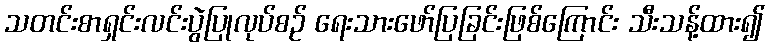
သတင်းစာရှင်းလင်းပွဲပြုလုပ်စဉ် ရေးသားဖော်ပြခြင်းဖြစ်ကြောင်း သီးသန့်ထား၍